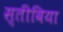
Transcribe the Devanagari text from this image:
स्तीविया